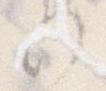
か